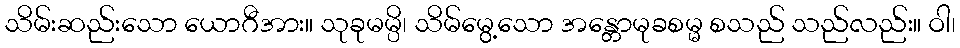
သိမ်းဆည်းသော ယောဂီအား။ သုခုမမ္ပိ၊ သိမ်မွေ့သော အန္တောမုခစမ္မ စသည် သည်လည်း။ ဝါ၊